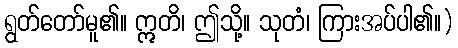
ရွတ်တော်မူ၏။ ဣတိ၊ ဤသို့။ သုတံ၊ ကြားအပ်ပါ၏။)